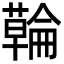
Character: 𮒇